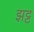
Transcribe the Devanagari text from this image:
झट्ट